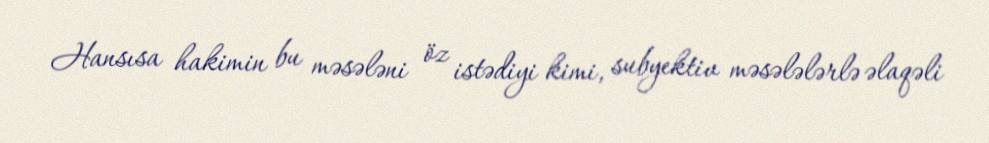
Hansısa hakimin bu məsələni öz istədiyi kimi, subyektiv məsələlərlə əlaqəli